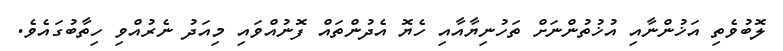
ލޮބުވެތި އަޚުންނާއި އުޚުތުންނަށް ތަހުނިޔާއާއި ހެޔޮ އެދުންތައް ފޮނުއްވައި މިއަދު ނެރުއްވި ހިތާބުގައެވެ.